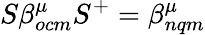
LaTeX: S\beta_{ocm}^{\mu}S^{+}=\beta_{nqm}^{\mu}